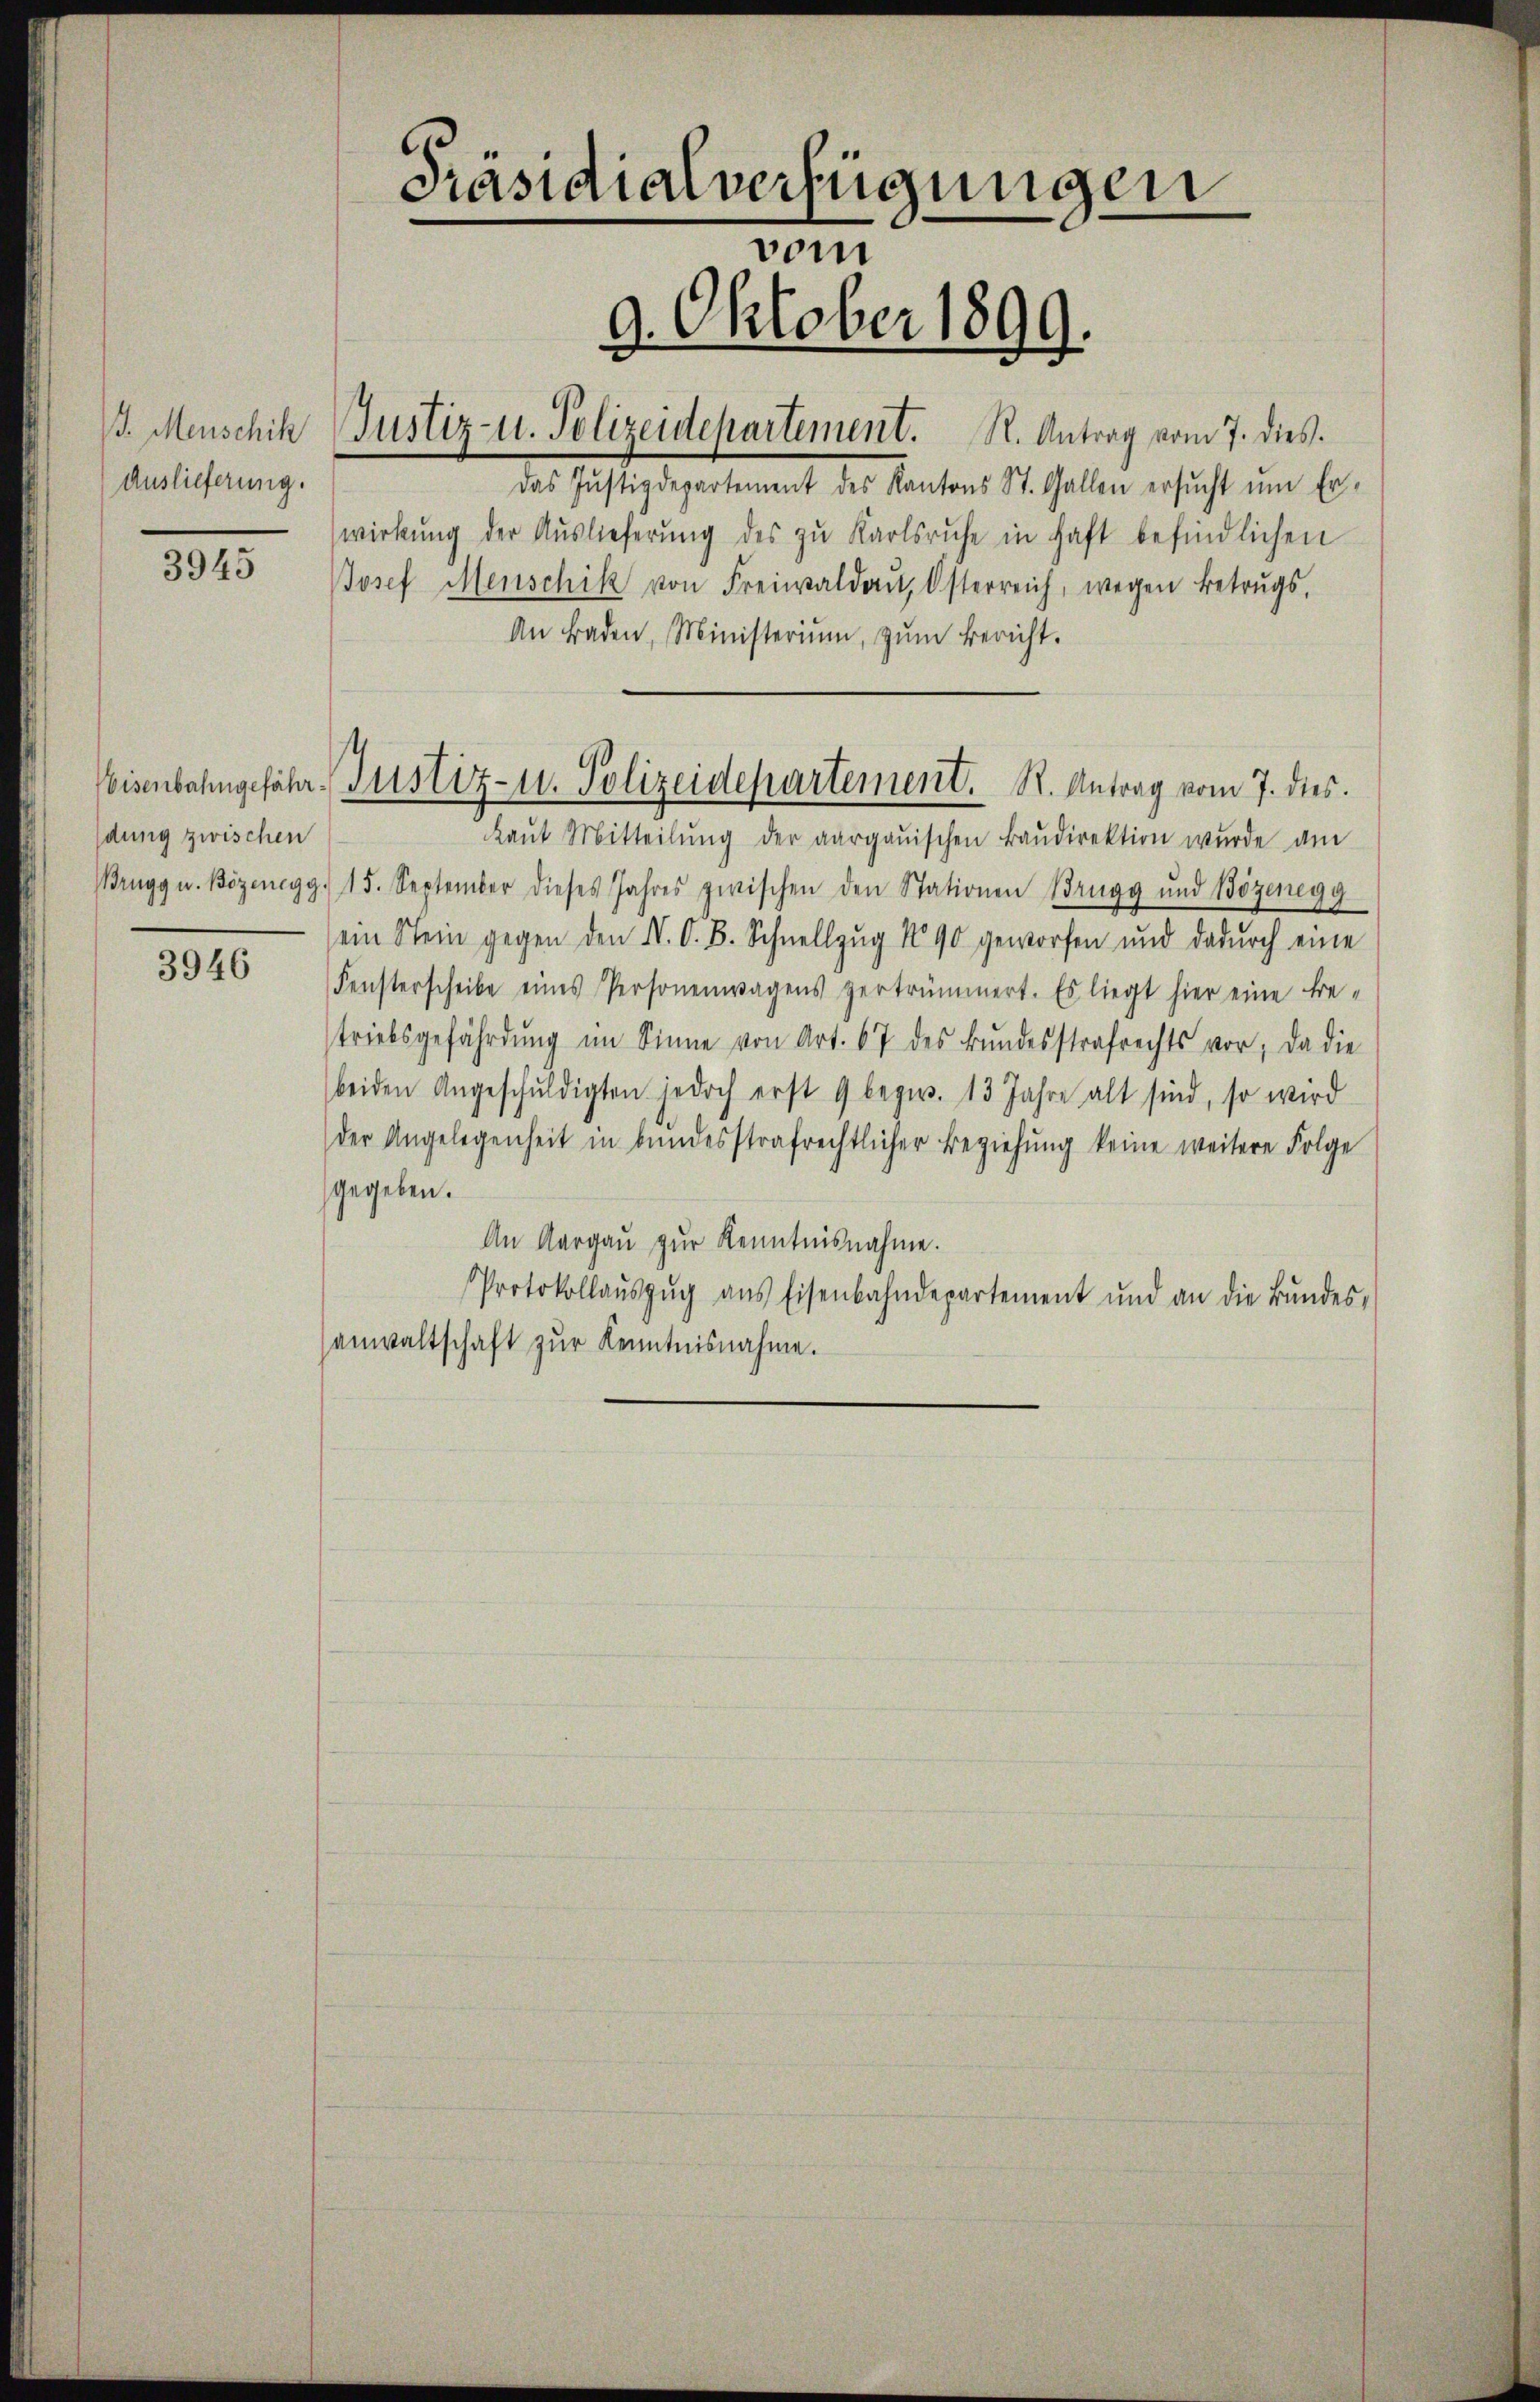
. Menschik
Auslieferung.

3945

3946

dung zwischen

Justiz- u. Polizeidepartement. R. Antrag vom 7. dies.

Präsidialverfügungen
vom
9. Oktober 1899.

das Justizdepartement des Kantons St. Gallen ersŭcht ŭm Er-
wirkung der Auslieferung des zu Karlsruhe in haft befindlichen
Josef Menschik von Freiwaldaŭ, Österreich, wegen Betrugs,
An Baden, Ministerium, zŭm Bericht.
kaŭt Mitteilŭng der aargauischen Baŭdirektion wurde am
Brugg u. Bözenegg. 15. September dieses Jahres zwischen den Stationen Brugg und Bözenegg
ein Stein gegen den N. O. B. Schnellzug 1890 geworfen und dadurch eine
Fensterscheibe eines Personenwagens vertrümmert. Es liegt hier eine tre-
triebsgefährdung im Sinne von Art. 67 des Bŭndesstrafrechts vor, da die
beiden Angeschŭldigten jedoch erst 9 bezw. 13 Jahre alt sind, so wird
der Angelegenheit in bundesstrafrechtlicher Beziehung keine weitere Folge
gegeben.
An Aargau zur Kenntnisnahme.
Protokollaŭszŭg aŭs Eisenbahndepartement und an die Bŭndes-
anwaltschaft zur Kenntnisnahme.

Weisenbahngefähr Justiz- u. Polizeidepartement. S. Antrag vom 7. dies